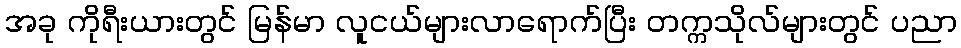
အခု ကိုရီးယားတွင် မြန်မာ လူငယ်များလာရောက်ပြီး တက္ကသိုလ်များတွင် ပညာ